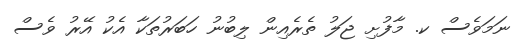
ނަމަވެސް ކ. މާފުށި ޖަލު ތެރެއިން ލިބުނު ހަބަރުތަކާ އެކު އޭރު ވެސް